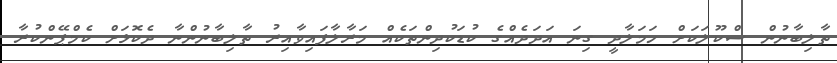
ތާލިބާނުން ސްކޫލަކަށް ހަމަލާދީ ގިނަ އަދަދެއްގެ ކުޑަކުދިންތަކެއް މަރާލާފައިވާއިރު ތާލިބާނުންނާ ދެކޮޅަށް ކެމްޕޭންކުރާ